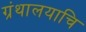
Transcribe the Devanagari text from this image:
ग्रंथालयाचि